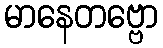
မာနေတဗ္ဗော